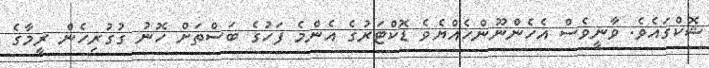
ޝޮކްގައެވެ. ވާނީވެސް އެހެންނޫންހެއްޔެވެ ޑޮކްޓަރުގެ އެންމެ ފަހުގެ ބަސްތަށް ހޮނު ގުގުރިހެން ރީމާގެ